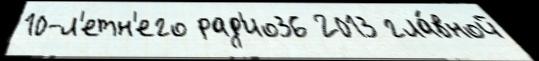
10-л'етн'его рад'ио36 2013 гла́вной